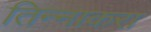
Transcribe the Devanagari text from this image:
तिन्नाकरा